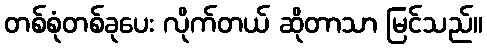
တစ်စုံတစ်ခုပေး လိုက်တယ် ဆိုတာသာ မြင်သည်။